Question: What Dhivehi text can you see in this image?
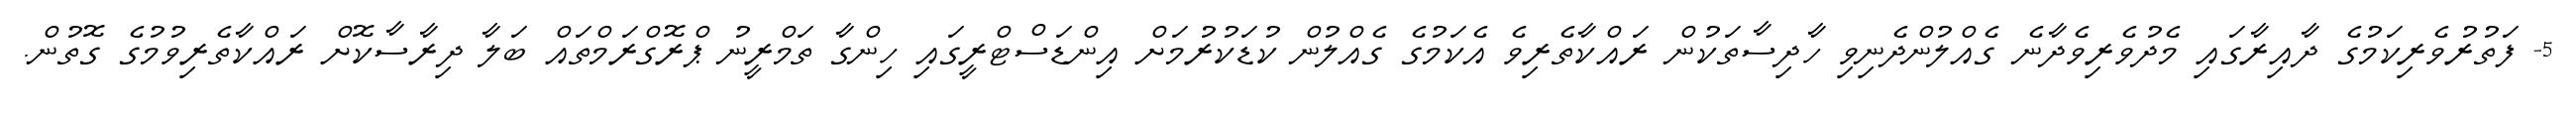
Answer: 5- ފަތުރުވެރިކަމުގެ ދާއިރާގައި މެދުވެރިވެދާނެ ގެއްލުންދެނިވި ހާދިސާތަކުން ރައްކާތެރިވެ އެކަމުގެ ގެއްލުން ކުޑަކުރުމަށް އިންޑަސްޓްރީގައި ހިންގާ ތަމްރީނު ޕްރޮގްރަމްތައް ބަލާ ދިރާސާކޮށް ރައްކާތެރިވުމުގެ ގޮތުން.